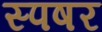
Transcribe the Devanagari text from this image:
स्पषर